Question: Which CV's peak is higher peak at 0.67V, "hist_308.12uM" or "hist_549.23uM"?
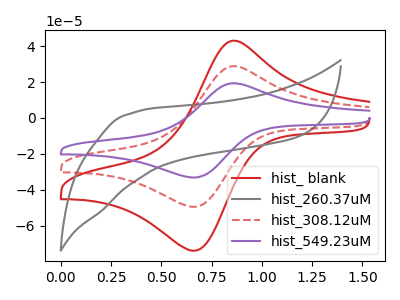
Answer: <think>The red curve "hist_ blank" has an anodic peak at (0.85V, 43.05uA) and a cathodic peak at (0.65V, -74.10uA). The gray curve "hist_260.37uM" has no peaks. The red dashed curve "hist_308.12uM" has an anodic peak at (0.85V, 28.85uA) and a cathodic peak at (0.65V, -49.65uA). The purple curve "hist_549.23uM" has an anodic peak at (0.85V, 57.65uA) and a cathodic peak at (0.65V, -99.25uA).</think>
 <answer>The peak at 0.67V is lower in "hist_308.12uM" than in "hist_549.23uM".</answer>
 <eval>lower</eval>